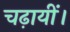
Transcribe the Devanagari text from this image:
चढ़ायीं।